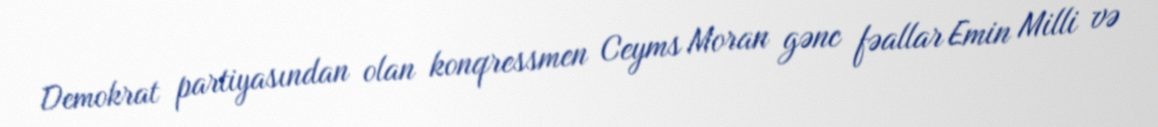
Demokrat partiyasından olan konqressmen Ceyms Moran gənc fəallar Emin Milli və